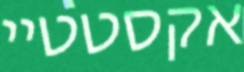
אקסטטיי